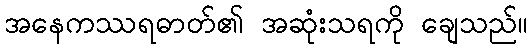
အနေကဿရဓာတ်၏ အဆုံးသရကို ချေသည်။